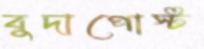
বুদাপোস্ট